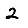
Digit: 2